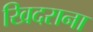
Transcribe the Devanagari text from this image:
खिदराना